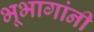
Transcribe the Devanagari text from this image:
भूभागांनी